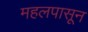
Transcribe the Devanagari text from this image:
महलपासून